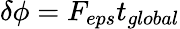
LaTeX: \delta\phi=F_{eps}t_{global}